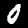
Digit: 0